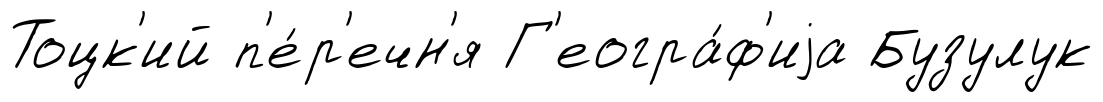
Тоцк'ий п'е́р'ечн'я Г'еогра́ф'иjа Бузулук